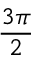
\frac { 3 \pi } { 2 }